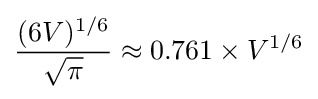
{\frac {(6V)^{1/6}}{\sqrt {\pi }}}\approx 0.761\times V^{1/6}